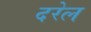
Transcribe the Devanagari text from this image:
दरेल